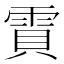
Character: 𮦒